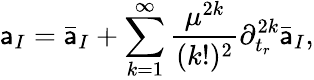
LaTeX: \mathsf{a}_{I}=\bar{{\mathsf{a}}}_{I}+\sum_{k=1}^{\infty}{\frac{{\mu^{2k}}}{{(k!)^{2}}}}\partial_{t_{r}}^{2k}\bar{{\mathsf{a}}}_{I},